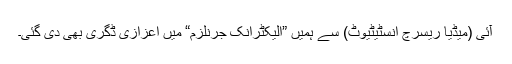
آئی (میڈیا ریسرچ انسٹیٹیوٹ) سے ہمیں ”الیکٹرانک جرنلزم“ میں اعزازی ڈگری بھی دی گئی۔